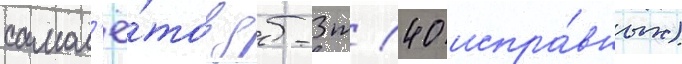
самол'ё́тов дб-3т (40 испра́вных)